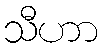
သီဟာ